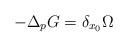
LaTeX: \begin{align*} -\Delta_p G = \delta_{x_0} \Omega\end{align*}